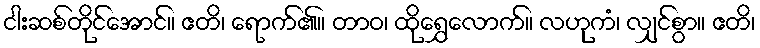
ငါးဆစ်တိုင်အောင်။ ဧတိ၊ ရောက်၏။ တာဝ၊ ထိုရွှေလောက်။ လဟုကံ၊ လျှင်စွာ။ ဧတိ၊